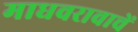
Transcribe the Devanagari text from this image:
माधवरावाचें